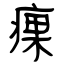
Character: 㾧